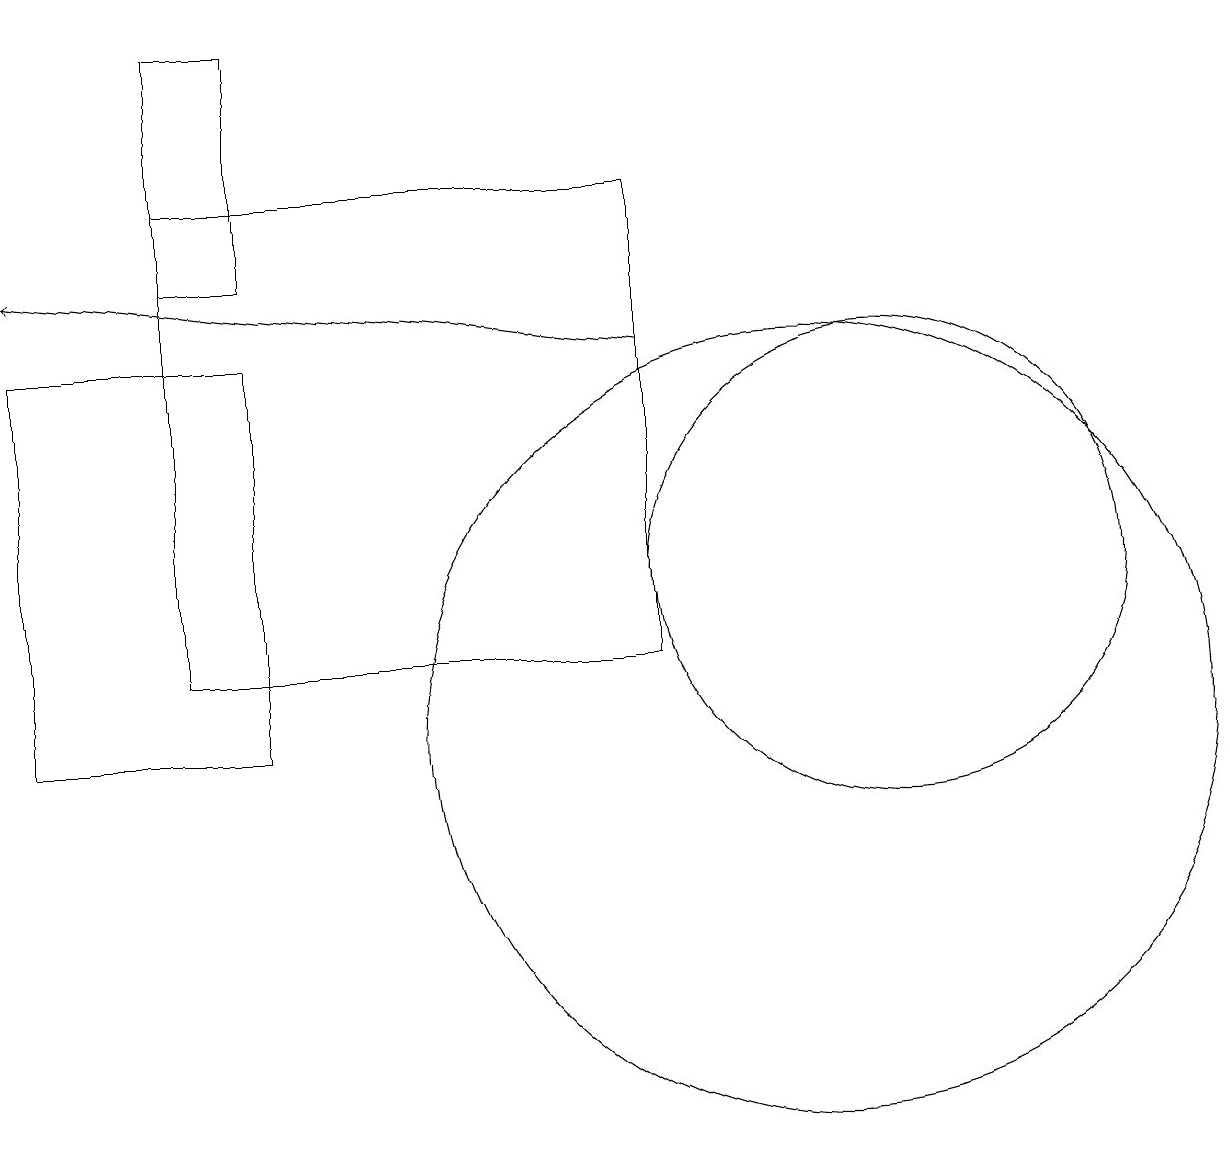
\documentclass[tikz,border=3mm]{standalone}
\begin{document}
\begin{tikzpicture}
\draw (2,16) rectangle (3,19);
\draw (0,10) rectangle (3,15);
\draw[->] (8,15) -- (0,16);
\draw (8,17) rectangle (2,11);
\draw (10,10) circle (5);
\draw (11,12) circle (3);
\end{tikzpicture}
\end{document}